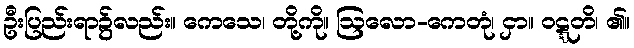
ဦးပြည်းရာ၌လည်း။ ကေသေ၊ တို့ကို။ ဩလော-ကေတုံ၊ ငှာ။ ဝဋ္ဋတိ၊ ၏။